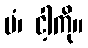
မံ၊ ငါ့ကို။